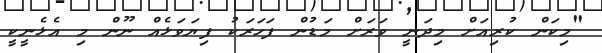
"މިކަން ކުރިއަށް މިދަނީ ވަރަށް މަޑުން ފަހަރަކު ފިޔަވަޅެއް ނޫން މި އެޅެނީކީ